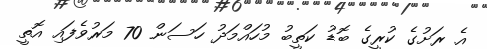
އެ ރަށުގެ ކުރީގެ ބޮޑު ކަތީބު މުހައްމަދު ހަސަން 70 މަރުވެފައި އޮތީ